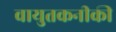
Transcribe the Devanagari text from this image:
वायुतकनीकी